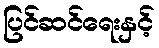
ပြင်ဆင်ရေးနှင့်